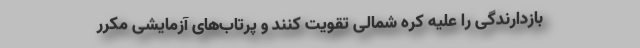
بازدارندگی را علیه کره شمالی تقویت کنند و پرتاب‌های آزمایشی مکرر